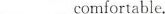
___ comfortable.